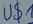
Text: U$1